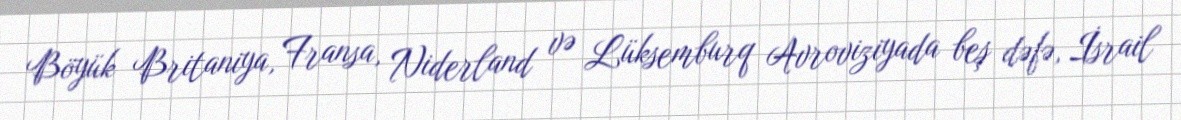
Böyük Britaniya, Fransa, Niderland və Lüksemburq Avroviziyada beş dəfə, İsrail